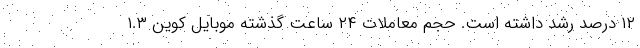
۱۲ درصد رشد داشته است. حجم معاملات ۲۴ ساعت گذشته موبایل کوین ۱.۳